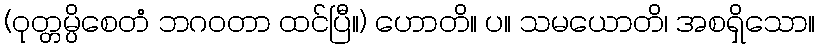
(ဝုတ္တမ္ပိစေတံ ဘဂဝတာ ထင်ပြီ။) ဟောတိ။ ပ။ သမယောတိ၊ အစရှိသော။